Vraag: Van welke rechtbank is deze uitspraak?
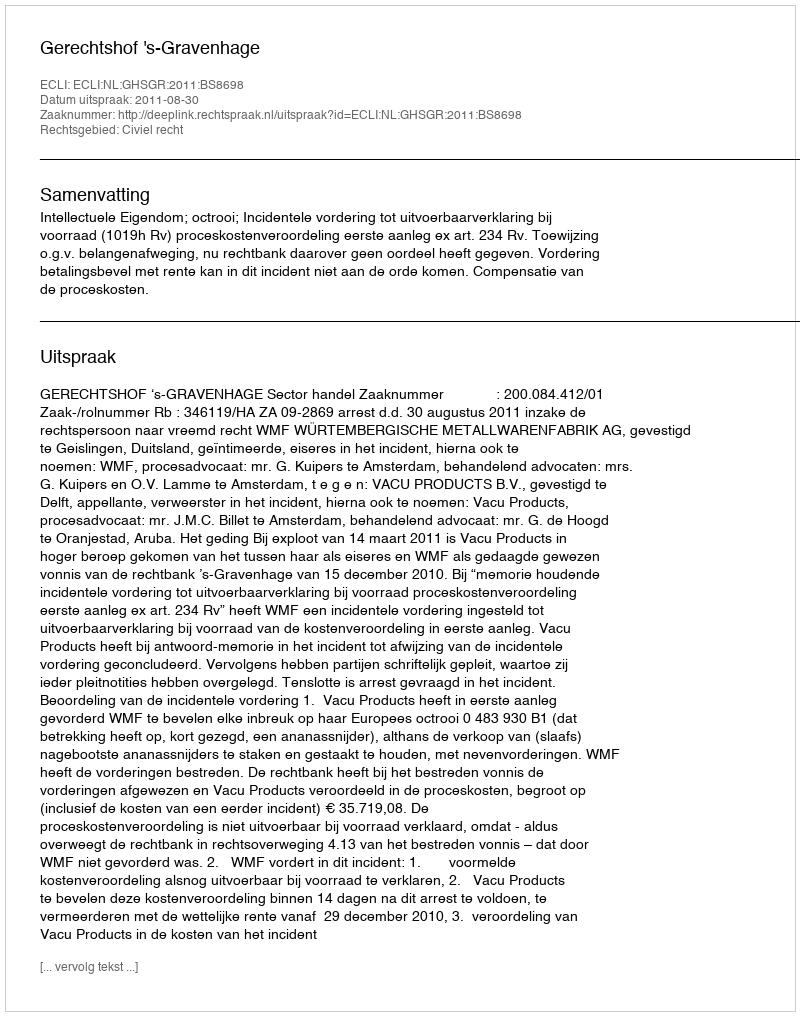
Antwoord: Gerechtshof 's-Gravenhage